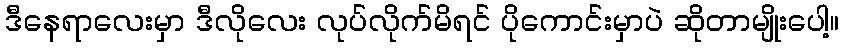
ဒီနေရာလေးမှာ ဒီလိုလေး လုပ်လိုက်မိရင် ပိုကောင်းမှာပဲ ဆိုတာမျိုးပေါ့။